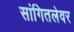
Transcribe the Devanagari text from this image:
सांगितलेवर